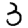
Digit: 3